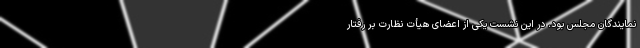
نمایندگان مجلس بود. در این نشست یکی از اعضای هیأت نظارت بر رفتار